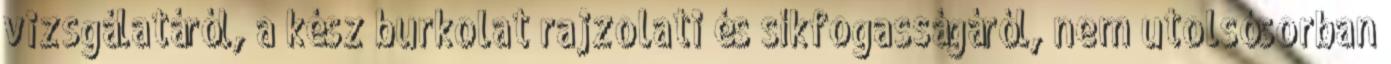
vizsgálatáról, a kész burkolat rajzolati és síkfogasságáról, nem utolsósorban